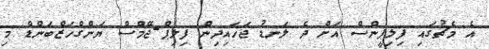
އެ މެޗުގައި ފިލިޕީންސް އަށް ދެ ލަނޑު ޖަހައިދިން ފިލިޕް-ޖޭމްސް ޔަންގްހަޒްބަންޑް މި